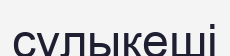
сұлыкеші